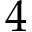
4